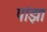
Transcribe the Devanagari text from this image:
पांझा